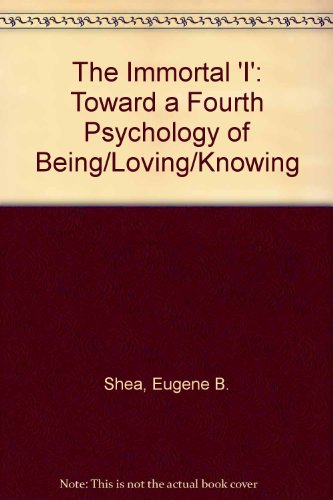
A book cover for The Immortal "I": Toward a Fourth Psychology of Being/Loving/Knowing; Eugene B. Shea; Religion & Spirituality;